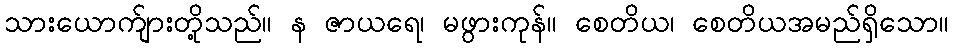
သားယောက်ျားတို့သည်။ န ဇာယရေ၊ မဖွားကုန်။ စေတိယ၊ စေတိယအမည်ရှိသော။